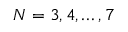
N = 3 , 4 , \dots , 7